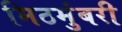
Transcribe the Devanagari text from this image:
मिठमुंबरी